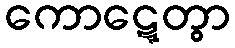
ကောဋ္ဋေတွာ